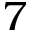
7